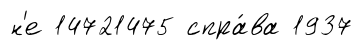
н'е 14721475 спра́ва 1937